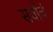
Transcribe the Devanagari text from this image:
सर्वांचं